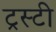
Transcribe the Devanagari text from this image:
ट्रस्‍टी